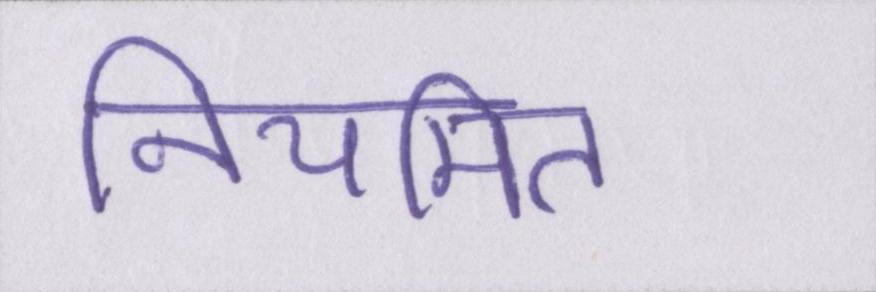
नियमित